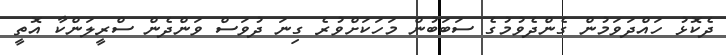
ދެކޮޅު ހައްދަވަމުން ގެންދެވުމުގެ ސަބަބުން މަހަކަށްވުރެ ގިނަ ދުވަސް ވަންދެން ސްރީލަންކާ އޮތީ